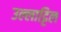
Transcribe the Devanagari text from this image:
उल्लाट्टिल